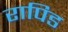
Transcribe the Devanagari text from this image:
रापिड